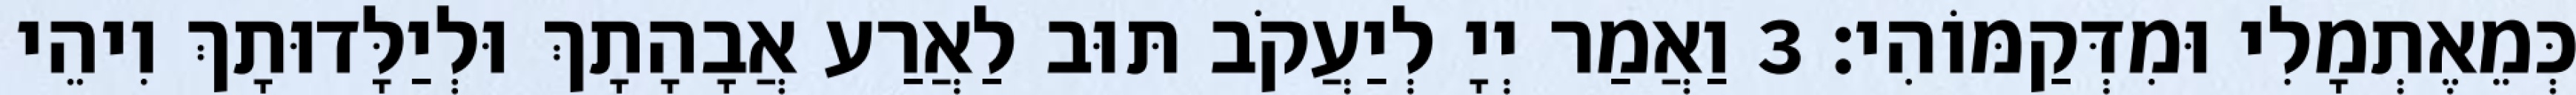
כְּמֵאֶתְמָלִי וּמִדְּקַמּוֹהִי׃ 3 וַאֲמַר יְיָ לְיַעֲקֹב תּוּב לַאֲרַע אֲבָהָתָךְ וּלְיַלָּדוּתָךְ וִיהֵי